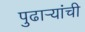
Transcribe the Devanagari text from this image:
पुढार्‍यांची